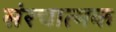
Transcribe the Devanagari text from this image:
संरचात्मक